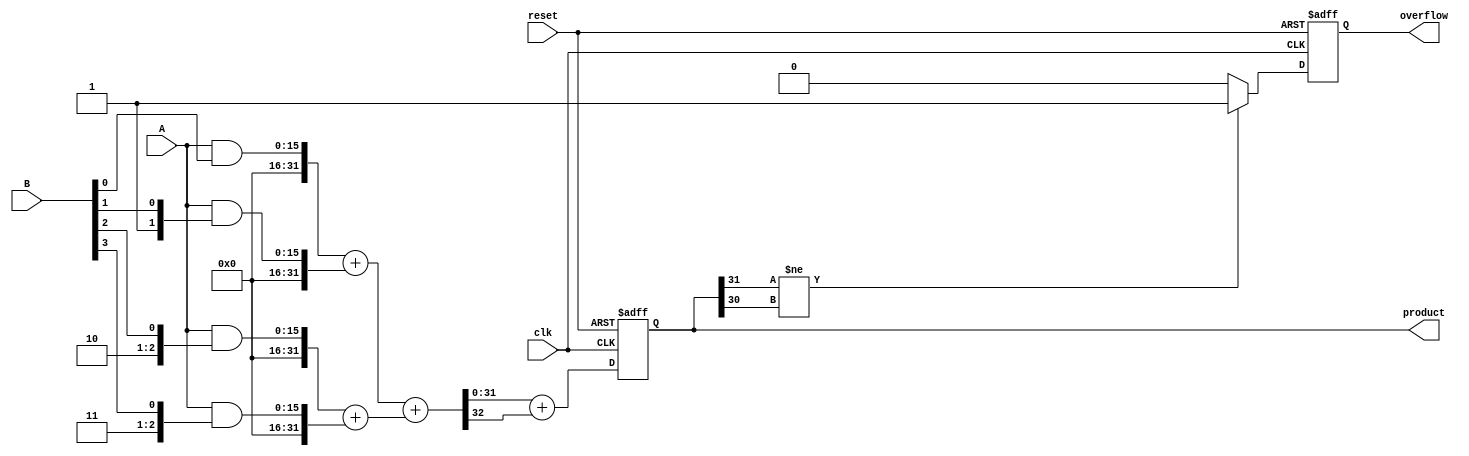
module fixed_point_wallace_tree_multiplier #(
    parameter A_WIDTH = 16, // Width of input A
    parameter B_WIDTH = 16, // Width of input B
    parameter P_WIDTH = A_WIDTH + B_WIDTH // Width of output product
)(
    input wire clk,
    input wire reset,
    input wire [A_WIDTH-1:0] A, // Fixed-point input A
    input wire [B_WIDTH-1:0] B, // Fixed-point input B
    output reg [P_WIDTH-1:0] product, // Fixed-point output product
    output reg overflow // Overflow flag
);

    // Intermediate signals for partial products
    wire [P_WIDTH-1:0] partial_products[B_WIDTH-1:0];

    // Generate partial products
    genvar i;
    generate
        for (i = 0; i < B_WIDTH; i = i + 1) begin : partial_product_gen
            assign partial_products[i] = A & { {A_WIDTH{i}}, B[i] }; // AND A with each bit of B
        end
    endgenerate

    // Wallace tree reduction logic
    wire [P_WIDTH-1:0] sum_stage1 [0:P_WIDTH/2-1];
    wire [P_WIDTH-1:0] carry_stage1 [0:P_WIDTH/2-1];

    // First stage of reduction
    generate
        for (i = 0; i < B_WIDTH; i = i + 2) begin : reduction_stage1
            if (i + 1 < B_WIDTH) begin
                assign {carry_stage1[i/2], sum_stage1[i/2]} = partial_products[i] + partial_products[i+1];
            end else begin
                assign sum_stage1[i/2] = partial_products[i];
                assign carry_stage1[i/2] = 0;
            end
        end
    endgenerate

    // Further stages of reduction can be added here
    // For simplicity, we will only implement one more stage

    wire [P_WIDTH-1:0] sum_stage2;
    wire [P_WIDTH-1:0] carry_stage2;

    assign {carry_stage2, sum_stage2} = sum_stage1[0] + sum_stage1[1];

    // Final addition
    always @(posedge clk or posedge reset) begin
        if (reset) begin
            product <= 0;
            overflow <= 0;
        end else begin
            product <= sum_stage2 + carry_stage2;

            // Check for overflow (simple check, can be more sophisticated)
            if (product[P_WIDTH-1] != product[P_WIDTH-2]) begin
                overflow <= 1; // Overflow detected
            end else begin
                overflow <= 0; // No overflow
            end
        end
    end
endmodule